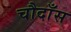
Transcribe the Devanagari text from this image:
चौदाँस